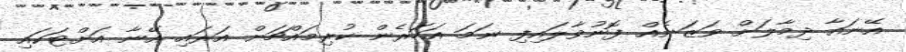
އޭނައާ ދިމާލަށް ވަޒަނެއް ފޮނުވާލައިފި ނަމަ އަހަރެން ކުރިމައްޗަށް އަރައި އޭނާ އަށްޓަކައި